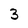
Character: 3